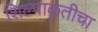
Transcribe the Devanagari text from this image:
शिल्पाकृतीचा